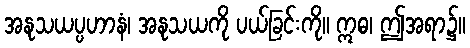
အနုသယပ္ပဟာနံ၊ အနုသယကို ပယ်ခြင်းကို။ ဣဓ၊ ဤအရာ၌။